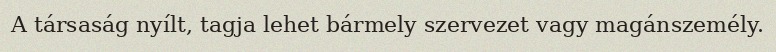
A társaság nyílt, tagja lehet bármely szervezet vagy magánszemély.